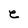
Character: e